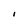
Character: I